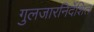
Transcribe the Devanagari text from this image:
गुलजारनिर्देशित